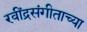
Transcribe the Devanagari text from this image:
रवींद्रसंगीताच्या